system: You are a helpful assistant.
user:
Analyze the provided spectrum to determine if it is a **M-type Giant (gM)**.

A M-type Giant spectrum is defined by its **strong molecular absorption** features, particularly from **Titanium Oxide (TiO)**. You must check for one of the following mutually exclusive signatures:

- **Key Visual Indicators (Absorption-Dominated Spectrum):**

    - **(Primary):** The spectrum is dominated by strong molecular absorption from **Titanium Oxide (TiO)**. This is the **defining feature** of its M-type temperature class.
        - **(Key Bandheads):** Look for sharp, "saw-tooth" absorption valleys. The strongest are located near **~7050 Å**, **~6160 Å**, and **~5170 Å**.
        - **(Line Profile):** The "saw-tooth" morphology is critical: a **sharp, steep drop on the BLUE (short-wavelength) side** of the bandhead, followed by a gradual recovery (rising flux) towards the RED (long-wavelength) side.

    - **(Key Confirmation - Giant vs. Dwarf):** **ABSENCE** of strong **Calcium Hydride (CaH)** molecular bands. This is the primary diagnostic for *excluding* M-dwarfs.
        - **(Key Region):** The spectrum should lack the strong, broad absorption band seen in dwarfs between **~6800 Å and ~7000 Å**.

    - **(Secondary Confirmation - Giant):** A very strong and broad **Neutral Calcium (Ca I)** atomic absorption line.
        - **(Key Line):** Located at **~4226 Å**. In a giant (gM), this line is significantly deeper and broader than the same line in an M-dwarf (dM) due to low surface gravity.

    - **(Overall Spectrum):**
        - The continuum is **extremely red-sloping** (i.e., flux is very low in the blue and rises dramatically towards the red).
        - The entire spectrum appears "chopped up" by the deep TiO bands.

Think first, call **spectral_visualization_tool** if needed to examine features in detail, then provide your final answer. Your response must adhere to the following strict rules:
1.  **Overall Structure:** Your response must follow the format `<think>...</think> <tool_call>...</tool_call> (if a tool is used) <answer>...</answer>`.
2.  **Tool Usage Constraint:** You may only make **one** tool call per turn.
3.  **Final Answer Format:** In the `<answer>` tag, your conclusion must be inside a `\boxed{}` command (e.g., `\boxed{YES}` or `\boxed{NO}`), followed by your justification.

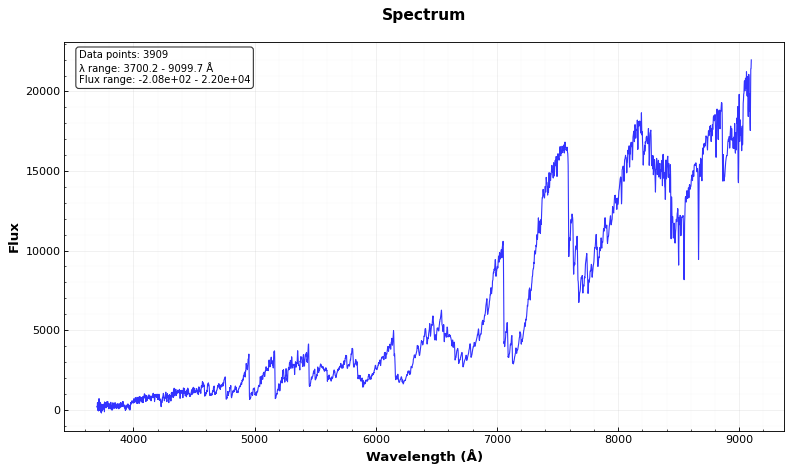
Answer: YES